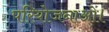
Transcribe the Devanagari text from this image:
परियोजनाओं।